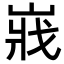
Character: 𡸤